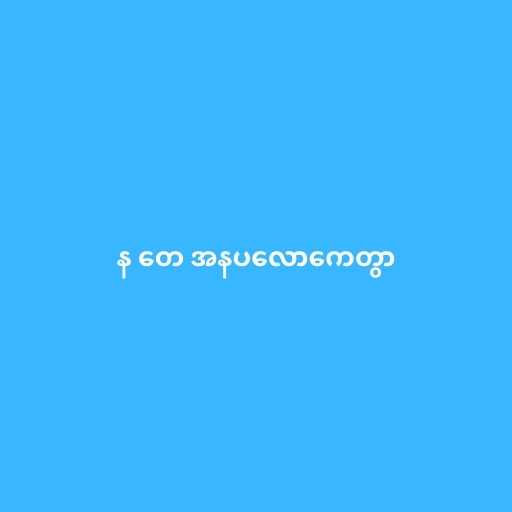
န တေ အနပလောကေတွာ